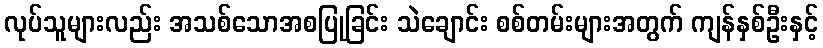
လုပ်သူများလည်း အသစ်သောအစပြုခြင်း သဲချောင်း စစ်တမ်းများအတွက် ကျန်နှစ်ဦးနှင့်